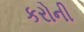
કરોની